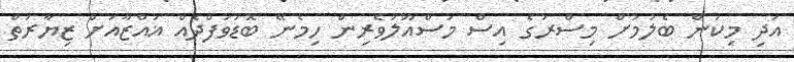
އަދި މިކަން ބެލުމަށް މިސްރުގެ އިސް މަސްއޫލުވެރިން ހިމެނޭ ބޮޑުވަފްދެއް ޣައްޒާއަށް ޒިޔާރަތް